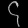
Digit: ၄